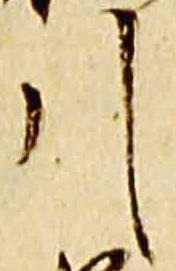
引